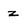
Character: z